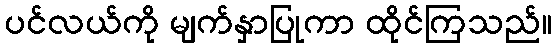
ပင်လယ်ကို မျက်နှာပြုကာ ထိုင်ကြသည်။